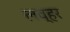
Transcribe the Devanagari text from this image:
लव्हर